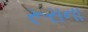
રૂસના